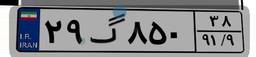
۳۲گ۹۳۹۰۳